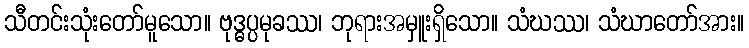
သီတင်းသုံးတော်မူသော။ ဗုဒ္ဓပ္ပမုခဿ၊ ဘုရားအမှူးရှိသော။ သံဃဿ၊ သံဃာတော်အား။